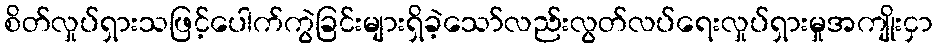
စိတ်လှုပ်ရှားသဖြင့်ပေါက်ကွဲခြင်းများရှိခဲ့သော်လည်းလွတ်လပ်ရေးလှုပ်ရှားမှုအကျိုးငှာ